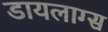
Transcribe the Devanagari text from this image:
डायलाग्स